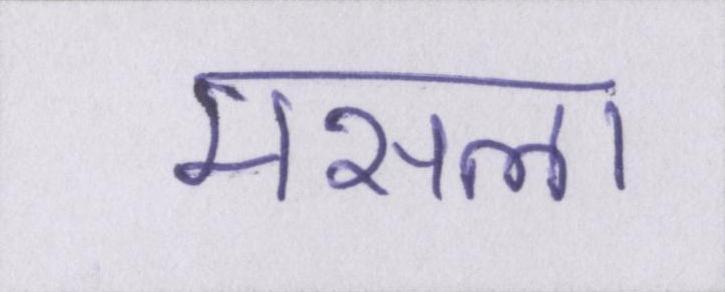
मसला